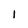
Character: 1